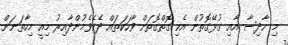
މި ހާދިސާ އާއި ގުޅޭގޮތުން އެކި ގޮތްގޮތަށް ވާހަކަތައް ދެކެވެމުންދާއިރު މިއީ މިހާތަނަށް